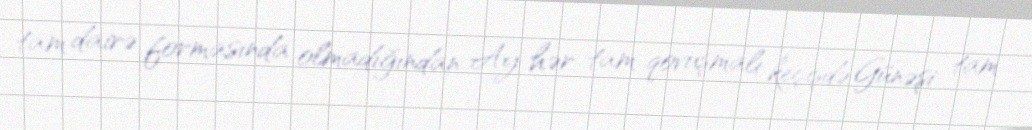
tam dairə formasında olmadığından Ay hər tam qovuşmalı keçişdə Günəşi tam